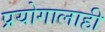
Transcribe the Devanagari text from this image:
प्रयोगालाही